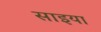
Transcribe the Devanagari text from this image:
साइया